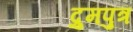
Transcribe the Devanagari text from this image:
द्रुमपुत्र